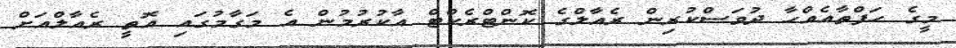
މީގެ ހަފްތާއެއްހާ ދުވަސްކުރިން ރެއާލްގެ ކޮންޓްރެކްޓް އާކުރުމުން އެ މަގާމުގައި އޮތީ ރެއާލްއަށް